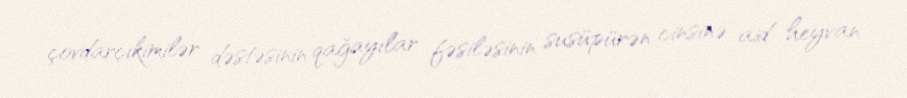
çovdarçıkimilər dəstəsinin qağayılar fəsiləsinin susüpürən cinsinə aid heyvan